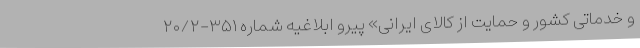
و خدماتی کشور و حمایت از کالای ایرانی» پیرو ابلاغیه شماره ۳۵۱-۲۰/۲